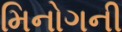
મિનોગની